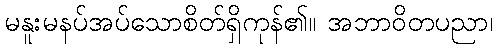
မနူးမနပ်အပ်သောစိတ်ရှိကုန်၏။ အဘာဝိတပညာ၊